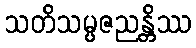
သတိသမ္ပဇညန္တိဿ